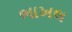
ભાખલ